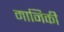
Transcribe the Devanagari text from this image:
मानिकी